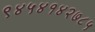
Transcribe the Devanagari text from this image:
९४५४१४२७८५